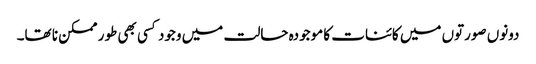
دونوں صورتوں میں کائنات کا موجودہ حالت میں وجود کسی بھی طور ممکن نا تھا۔